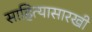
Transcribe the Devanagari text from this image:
साहित्यासारखी